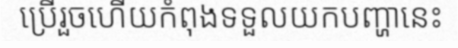
ប្រើរួចហើយកំពុងទទួលយកបញ្ហានេះ